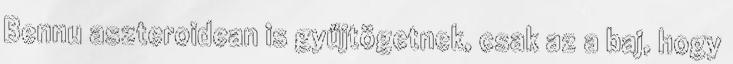
Bennu aszteroidean is gyűjtögetnek, csak az a baj, hogy